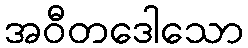
အဝီတဒေါသော